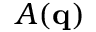
\cal A ( { \bf q } )